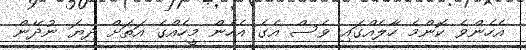
އެހެންވެ ކޮންމެ ހާލެއްގައި ވެސް އެގެ އެހެން މީހެއްގެ އަތަށް ދިޔަ ނުދޭން